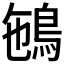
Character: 𩿽